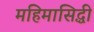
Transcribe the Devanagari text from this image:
महिमासिद्धी